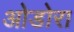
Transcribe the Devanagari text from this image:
ओडोरा